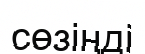
сөзіңді